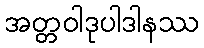
အတ္တဝါဒုပါဒါနဿ